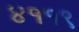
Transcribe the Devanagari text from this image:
४११९